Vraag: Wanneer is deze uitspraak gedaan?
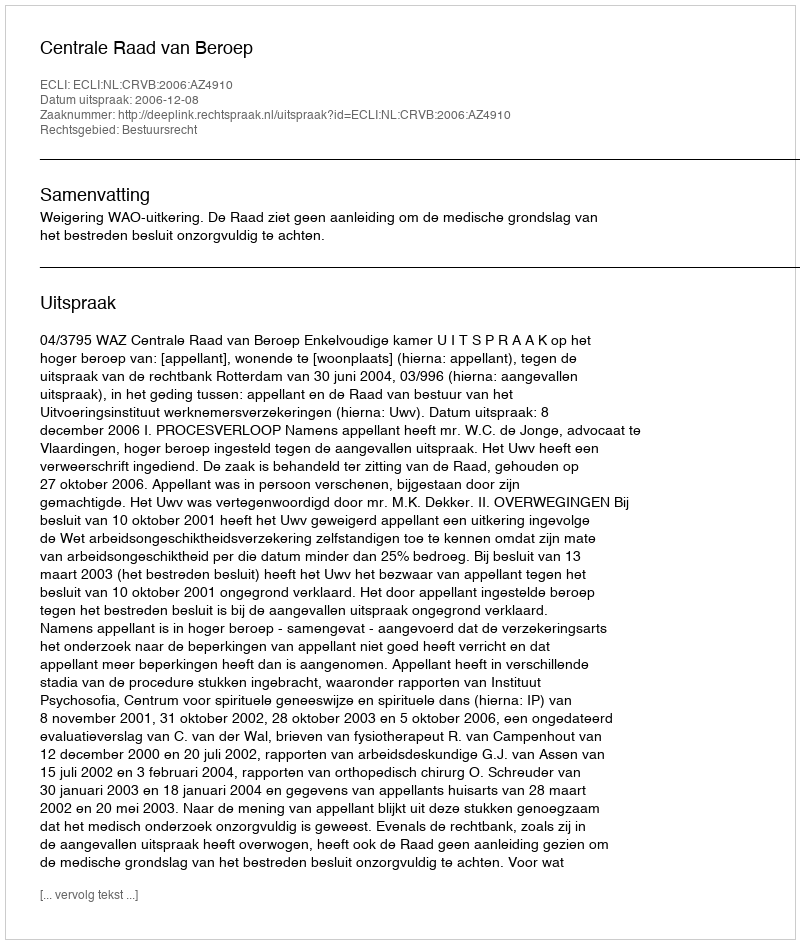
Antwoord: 2006-12-08